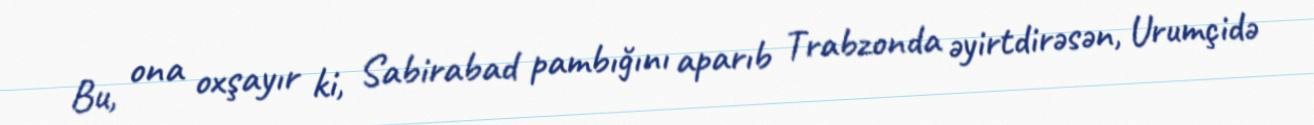
Bu, ona oxşayır ki, Sabirabad pambığını aparıb Trabzonda əyirtdirəsən, Urumçidə